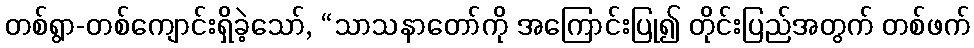
တစ်ရွာ-တစ်ကျောင်းရှိခဲ့သော်, “သာသနာတော်ကို အကြောင်းပြု၍ တိုင်းပြည်အတွက် တစ်ဖက်